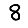
Digit: 8